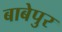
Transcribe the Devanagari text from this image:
बाबेपुर